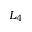
L _ { 4 }